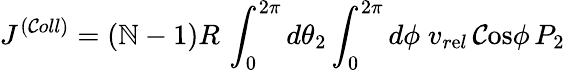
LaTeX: J^{(\mathcal{C}oll)}=(\mathbb{N}-1)R\, \int_{0}^{2\pi}d\theta_{2}\int_{0}^{2\pi}d\phi\; v_{r\mathrm{e}l}\, \mathrm{{\mathcal{C}os}}\phi\, P_{2}